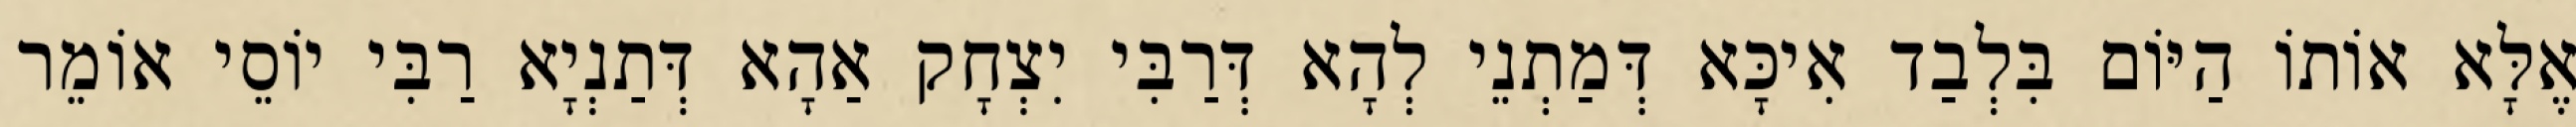
אֶלָּא אוֹתוֹ הַיּוֹם בִּלְבַד אִיכָּא דְּמַתְנֵי לְהָא דְּרַבִּי יִצְחָק אַהָא דְּתַנְיָא רַבִּי יוֹסֵי אוֹמֵר